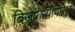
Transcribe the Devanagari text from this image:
बिजागऱ्यांपासून